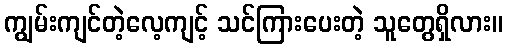
ကျွမ်းကျင်တဲ့လေ့ကျင့် သင်ကြားပေးတဲ့ သူတွေရှိလား။